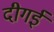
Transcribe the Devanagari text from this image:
दीगई